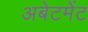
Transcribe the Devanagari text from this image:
अबेटमेंट